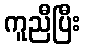
ကူညီပြီး